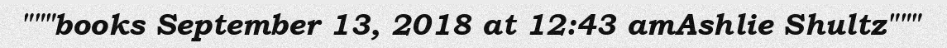
"""books September 13, 2018 at 12:43 amAshlie Shultz"""